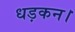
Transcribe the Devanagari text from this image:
धड़कन।